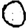
Digit: 0